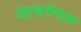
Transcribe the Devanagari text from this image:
जेर्क्सेक्स